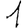
Digit: 1